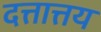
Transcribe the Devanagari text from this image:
दत्तात्तय